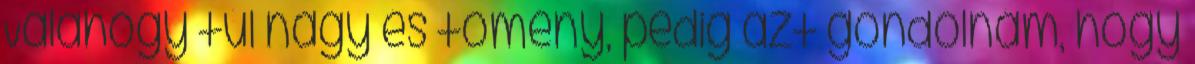
Valahogy túl nagy és tömény, pedig azt gondolnám, hogy